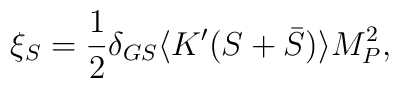
\xi_S = {1 \over 2} \delta_{GS} \langle K'(S + \bar S)\rangle  M^2_P,